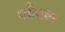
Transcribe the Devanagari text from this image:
चाँडाल